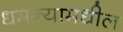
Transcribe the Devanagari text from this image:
धमन्यामधील